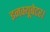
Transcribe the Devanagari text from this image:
इनक्यूबेटर।